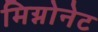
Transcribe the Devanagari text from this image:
मिग्नोनेट